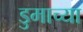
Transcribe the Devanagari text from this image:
डुमाच्या